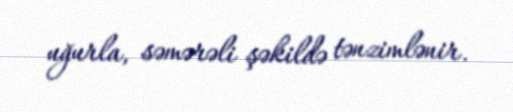
uğurla, səmərəli şəkildə tənzimlənir.